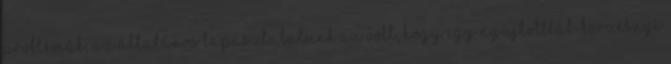
problémák, az általános tapasztalatunk az volt, hogy egy nyújtottláb-körzésnyi